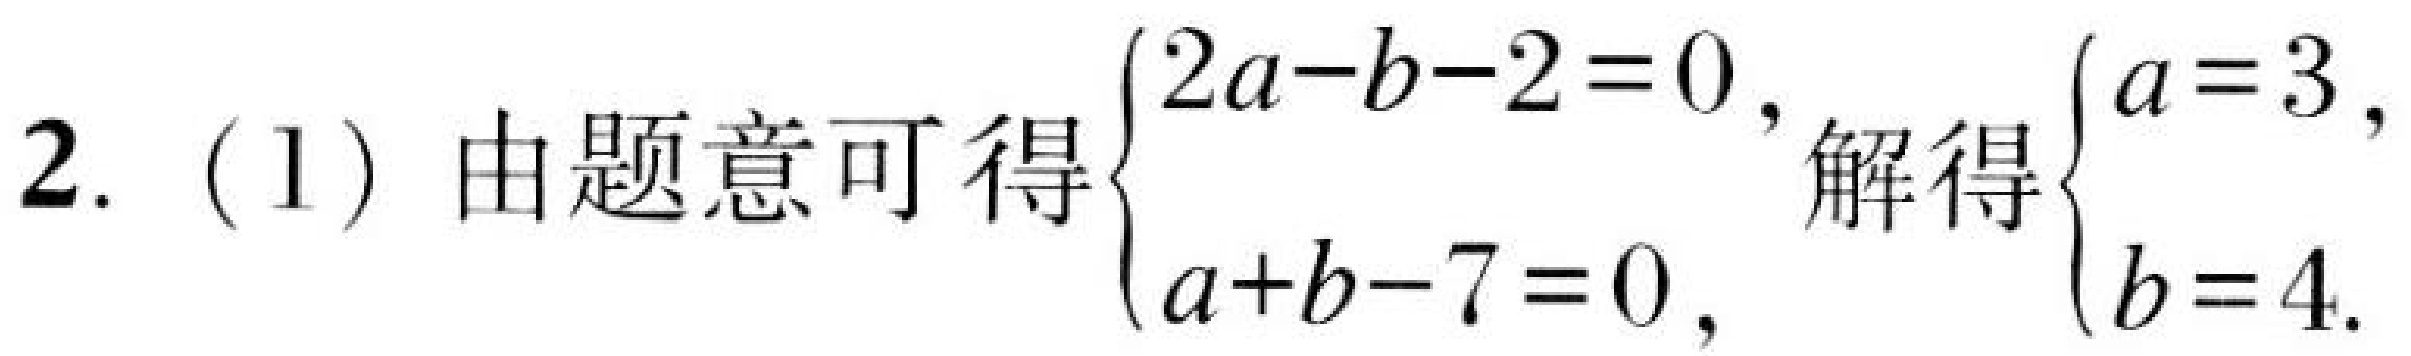
2. (1) 由题意可得\(\begin{cases}2a - b - 2 = 0,\\a + b - 7 = 0,\end{cases}\)解得\(\begin{cases}a = 3,\\b = 4.\end{cases}\)